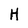
Character: H